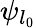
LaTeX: \psi_{l_{0}}